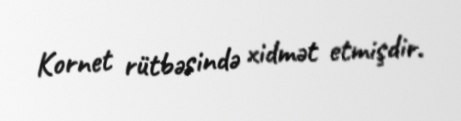
Kornet rütbəsində xidmət etmişdir.